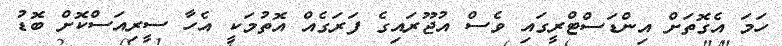
ހަމަ އެގޮތަށް އިންޑަސްޓްރީގައި ވެސް އުޖޫރައިގެ ފަރަގެއް އޮތުމަކީ އެހާ ސީރިއަސްކޮށް ބޮޑު